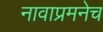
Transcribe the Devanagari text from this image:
नावाप्रमनेच